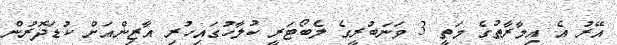
އޭރު އެ އިމާރާތުގެ މަތީ 3 ވަނަބުރީގެ ލެބޯޓަރީ ކުލާހުގައިހުރި އާޒިންއަށް ކުޑަދޮރުން